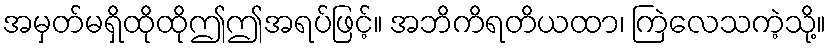
အမှတ်မရှိထိုထိုဤဤအရပ်ဖြင့်။ အဘိကိရတိယထာ၊ ကြဲလေသကဲ့သို့။